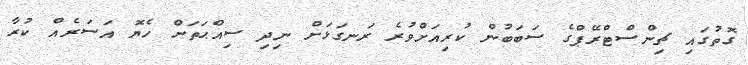
ގޮތުގައި ޗިންސްޓްރޭޕްގެ ސަބަބުން ކުރިއަށްވުރެ ރަނގަޅަށް ނިދި ސިއްޙަތަށް ހެޔޮ އަސަރެއް ކުރާ